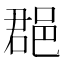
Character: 𨛦